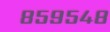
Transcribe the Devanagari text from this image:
८५९५४८